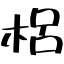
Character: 梠